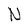
Character: N